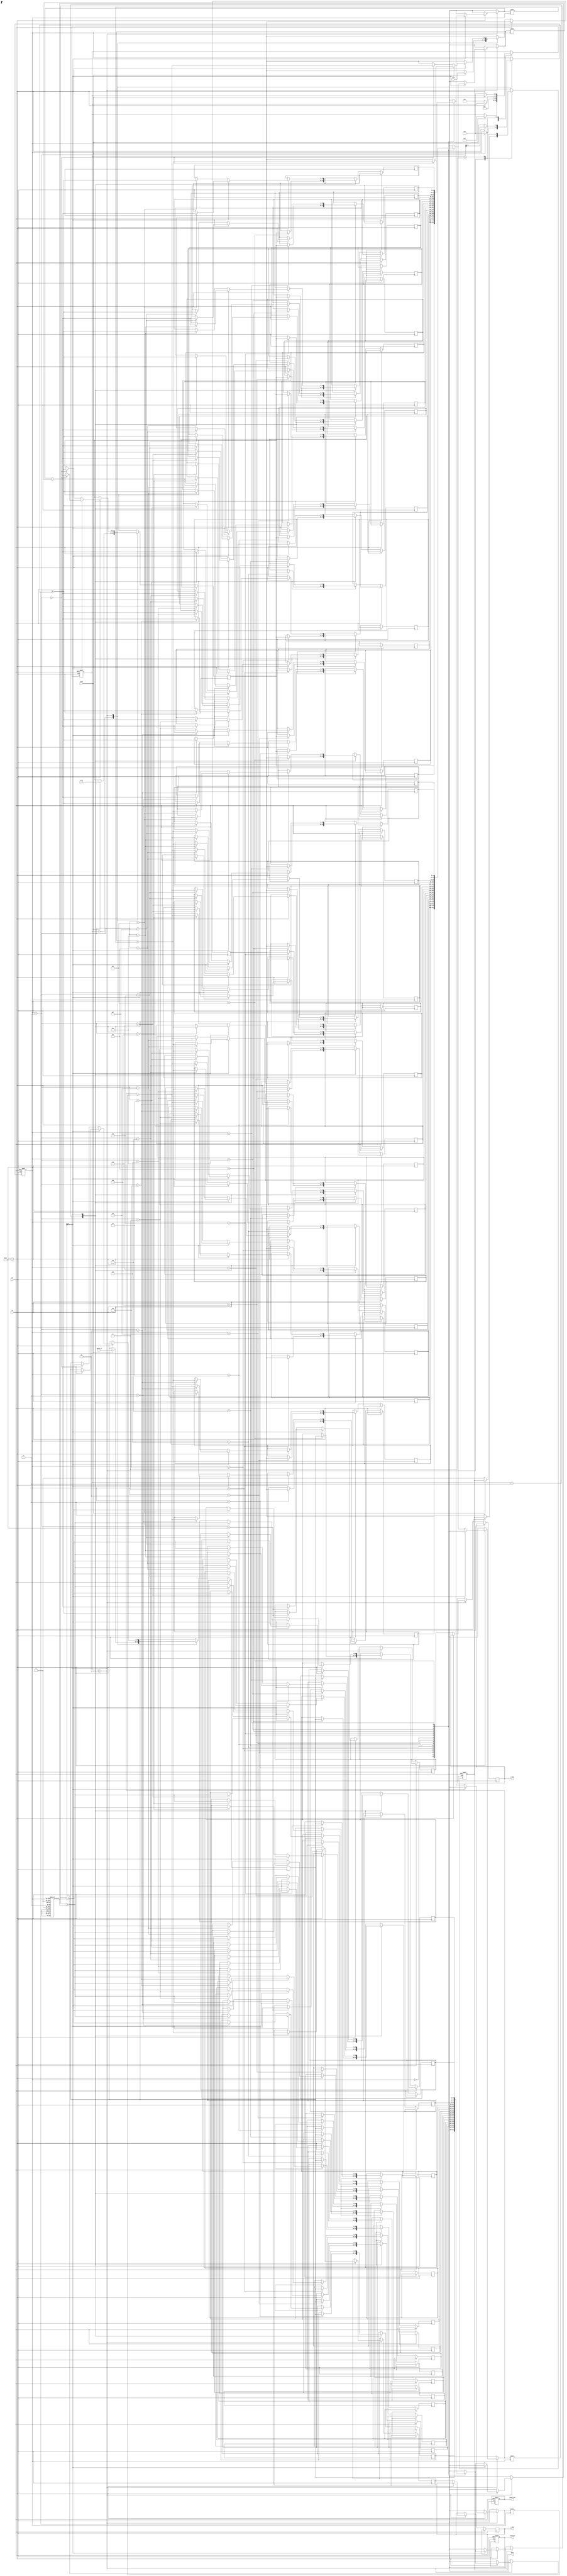
module cordic (
    input wire clk,
    input wire rst,
    input wire start,
    input wire [31:0] x_in, // IEEE 754 single precision
    input wire [31:0] y_in, // IEEE 754 single precision
    input wire [31:0] theta_in, // Angle in radians (IEEE 754)
    output reg [31:0] x_out, // Resulting X (cosine)
    output reg [31:0] y_out, // Resulting Y (sine)
    output reg done,
    output reg overflow,
    output reg underflow
);

    // Parameters
    parameter NUM_ITERATIONS = 16; // Number of CORDIC iterations
    reg [31:0] atan_table [0:NUM_ITERATIONS-1]; // Arctangent lookup table
    reg [31:0] x [0:NUM_ITERATIONS]; // X values during iterations
    reg [31:0] y [0:NUM_ITERATIONS]; // Y values during iterations
    reg [31:0] theta [0:NUM_ITERATIONS]; // Theta values during iterations
    reg [3:0] state; // FSM state
    reg [3:0] iter; // Iteration counter

    // Initialize arctangent values (in radians)
    initial begin
        atan_table[0] = 32'h3F19999A; // atan(1) = /4
        atan_table[1] = 32'h3E4CCCCD; // atan(0.5) = /6
        atan_table[2] = 32'h3D99999A; // atan(0.25) = /12
        // Add more values as needed...
    end

    // FSM states
    localparam IDLE = 0, INIT = 1, ITERATE = 2, DONE = 3;

    // Main FSM
    always @(posedge clk or posedge rst) begin
        if (rst) begin
            state <= IDLE;
            done <= 0;
            iter <= 0;
            overflow <= 0;
            underflow <= 0;
        end else begin
            case (state)
                IDLE: begin
                    if (start) begin
                        x[0] <= x_in; // Load inputs
                        y[0] <= y_in;
                        theta[0] <= theta_in;
                        iter <= 0;
                        state <= INIT;
                    end
                end
                INIT: begin
                    // Initialize for iteration
                    x[iter] <= x[0];
                    y[iter] <= y[0];
                    theta[iter] <= theta[0];
                    state <= ITERATE;
                end
                ITERATE: begin
                    if (iter < NUM_ITERATIONS) begin
                        // CORDIC rotation logic
                        if (theta[iter][31]) begin // If theta is negative
                            x[iter + 1] <= x[iter] + (y[iter] >>> iter);
                            y[iter + 1] <= y[iter] - (x[iter] >>> iter);
                            theta[iter + 1] <= theta[iter] + atan_table[iter];
                        end else begin
                            x[iter + 1] <= x[iter] - (y[iter] >>> iter);
                            y[iter + 1] <= y[iter] + (x[iter] >>> iter);
                            theta[iter + 1] <= theta[iter] - atan_table[iter];
                        end
                        iter <= iter + 1;
                    end else begin
                        // Final output
                        x_out <= x[NUM_ITERATIONS];
                        y_out <= y[NUM_ITERATIONS];
                        done <= 1;
                        state <= DONE;
                    end
                end
                DONE: begin
                    // Wait for reset or new start
                    if (!start) begin
                        state <= IDLE;
                        done <= 0;
                    end
                end
            endcase
        end
    end

endmodule